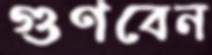
গুণবেন